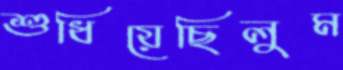
শুধিয়েছিলুম